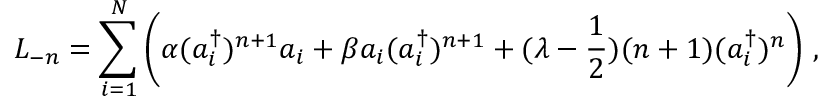
L _ { - n } = \sum _ { i = 1 } ^ { N } \left( \alpha ( a _ { i } ^ { \dagger } ) ^ { n + 1 } a _ { i } + \beta a _ { i } ( a _ { i } ^ { \dagger } ) ^ { n + 1 } + ( \lambda - { \frac { 1 } { 2 } } ) ( n + 1 ) ( a _ { i } ^ { \dagger } ) ^ { n } \right) \, ,